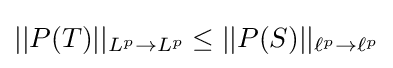
||P(T)||_{L^{p}\to L^{p}}\leq ||P(S)||_{\ell ^{p}\to \ell ^{p}}